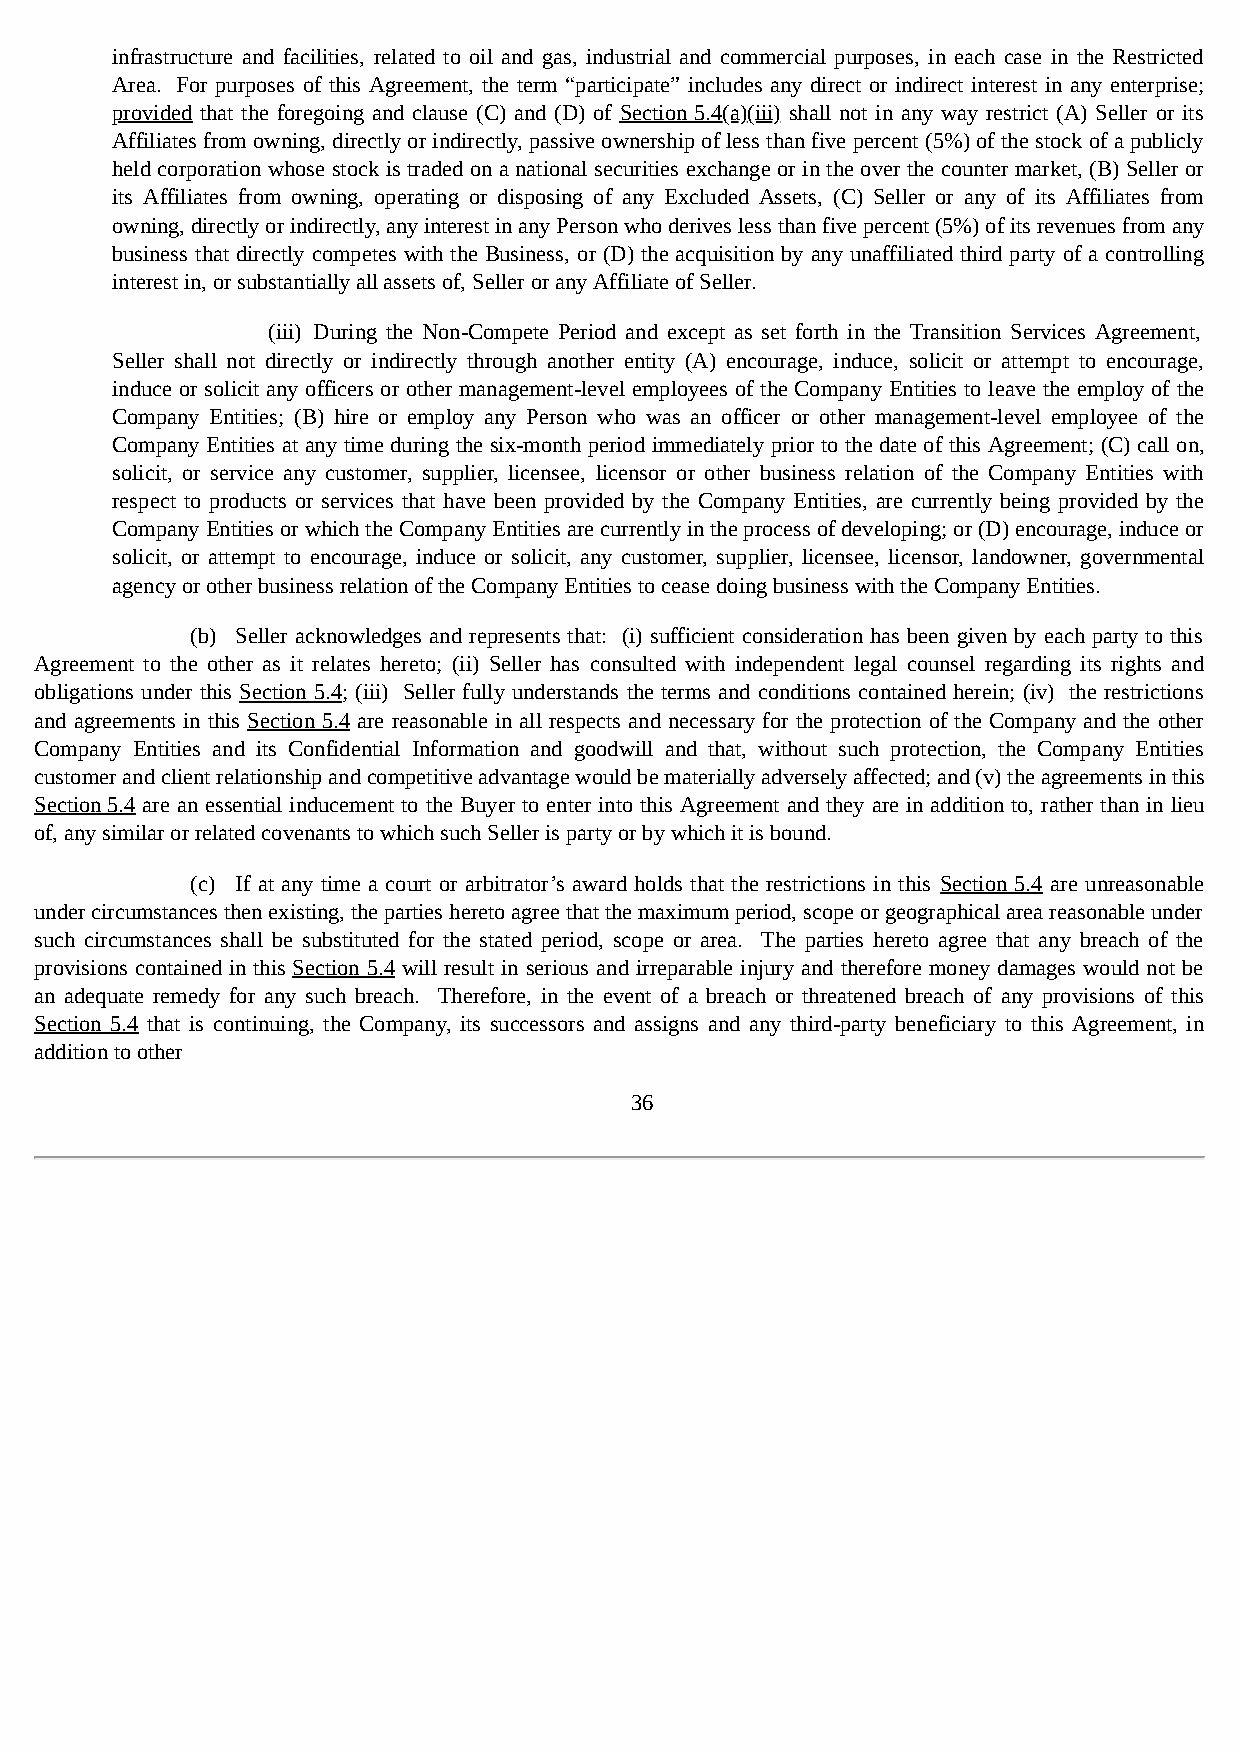
infrastructure and facilities, related to oil and gas, industrial and commercial purposes, in each case in the Restricted
 Area. For purposes of this Agreement, the term “participate” includes any direct or indirect interest in any enterprise;
 provided that the foregoing and clause (C) and (D) of Section 5.4(a)(iii) shall not in any way restrict (A) Seller or its
 Affiliates from owning, directly or indirectly, passive ownership of less than five percent (5%) of the stock of a publicly
 held corporation whose stock is traded on a national securities exchange or in the over the counter market, (B) Seller or
 its Affiliates from owning, operating or disposing of any Excluded Assets, (C) Seller or any of its Affiliates from
 owning, directly or indirectly, any interest in any Person who derives less than five percent (5%) of its revenues from any
 business that directly competes with the Business, or (D) the acquisition by any unaffiliated third party of a controlling
 interest in, or substantially all assets of, Seller or any Affiliate of Seller.
 (iii) During the Non-Compete Period and except as set forth in the Transition Services Agreement,
 Seller shall not directly or indirectly through another entity (A) encourage, induce, solicit or attempt to encourage,
 induce or solicit any officers or other management-level employees of the Company Entities to leave the employ of the
 Company Entities; (B) hire or employ any Person who was an officer or other management-level employee of the
 Company Entities at any time during the six-month period immediately prior to the date of this Agreement; (C) call on,
 solicit, or service any customer, supplier, licensee, licensor or other business relation of the Company Entities with
 respect to products or services that have been provided by the Company Entities, are currently being provided by the
 Company Entities or which the Company Entities are currently in the process of developing; or (D) encourage, induce or
 solicit, or attempt to encourage, induce or solicit, any customer, supplier, licensee, licensor, landowner, governmental
 agency or other business relation of the Company Entities to cease doing business with the Company Entities.
 (b) Seller acknowledges and represents that: (i) sufficient consideration has been given by each party to this
 Agreement to the other as it relates hereto; (ii) Seller has consulted with independent legal counsel regarding its rights and
 obligations under this Section 5.4; (iii) Seller fully understands the terms and conditions contained herein; (iv) the restrictions
 and agreements in this Section 5.4 are reasonable in all respects and necessary for the protection of the Company and the other
 Company Entities and its Confidential Information and goodwill and that, without such protection, the Company Entities
 customer and client relationship and competitive advantage would be materially adversely affected; and (v) the agreements in this
 Section 5.4 are an essential inducement to the Buyer to enter into this Agreement and they are in addition to, rather than in lieu
 of, any similar or related covenants to which such Seller is party or by which it is bound.
 (c) If at any time a court or arbitrator’s award holds that the restrictions in this Section 5.4 are unreasonable
 under circumstances then existing, the parties hereto agree that the maximum period, scope or geographical area reasonable under
 such circumstances shall be substituted for the stated period, scope or area. The parties hereto agree that any breach of the
 provisions contained in this Section 5.4 will result in serious and irreparable injury and therefore money damages would not be
 an adequate remedy for any such breach. Therefore, in the event of a breach or threatened breach of any provisions of this
 Section 5.4 that is continuing, the Company, its successors and assigns and any third-party beneficiary to this Agreement, in
 addition to other
 36